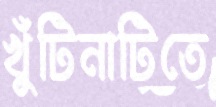
খুঁটিনাটিতে